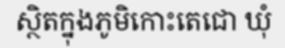
ស្ថិតក្នុងភូមិកោះតេជោ ឃុំ